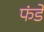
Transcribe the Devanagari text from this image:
फंडे